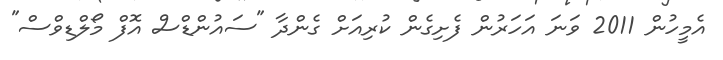
އެމީހުން 2011 ވަނަ އަހަރުން ފެށިގެން ކުރިއަށް ގެންދާ "ސައުންޑްސް އޮފް މޯލްޑިވްސް"